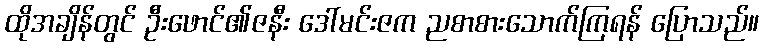
ထိုအချိန်တွင် ဦးဖောင်၏ဇနီး ဒေါ်မင်းဇက ညစာစားသောက်ကြရန် ပြောသည်။